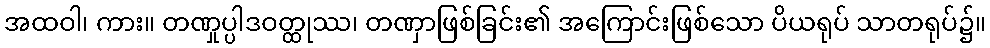
အထဝါ၊ ကား။ တဏှုပ္ပါဒဝတ္ထုဿ၊ တဏှာဖြစ်ခြင်း၏ အကြောင်းဖြစ်သော ပိယရုပ် သာတရုပ်၌။